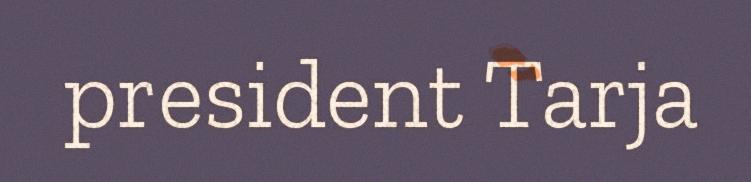
president Tarja